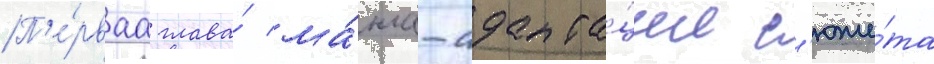
П'е́рваа глава́ ма́нга-адапта́ции с'юже́та